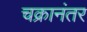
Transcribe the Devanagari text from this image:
चक्रानंतर